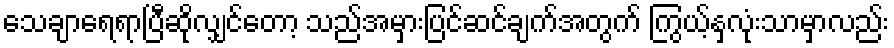
သေချာရေရာပြီဆိုလျှင်တော့ သည်အမှားပြင်ဆင်ချက်အတွက် ကြွယ့်နှလုံးသာမှာလည်း